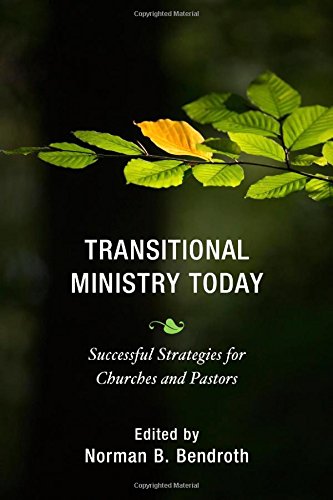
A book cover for Transitional Ministry Today: Successful Strategies for Churches and Pastors; Christian Books & Bibles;